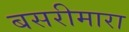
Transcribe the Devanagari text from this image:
बसरीमारा